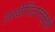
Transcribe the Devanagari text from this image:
उपयेगितालक्षी